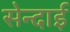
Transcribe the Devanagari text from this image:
सेन्दाई